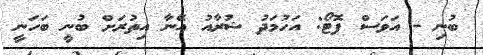
ބުނި - އަވަސް ފޮޓޯ: އަހުމަދު ޝުރާއު އޭނާ އިތުރަށް ބުނީ ބަހަނީ